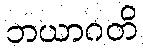
ဘယာဂတိ